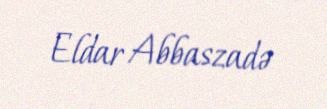
Eldar Abbaszadə